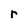
Character: r